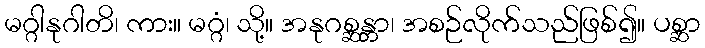
မဂ္ဂါနုဂါတိ၊ ကား။ မဂ္ဂံ၊ သို့။ အနုဂစ္ဆန္တာ၊ အစဉ်လိုက်သည်ဖြစ်၍။ ပစ္ဆာ